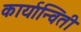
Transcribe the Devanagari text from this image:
कार्यान्विती